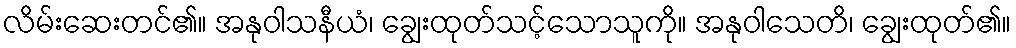
လိမ်းဆေးတင်၏။ အနုဝါသနီယံ၊ ချွေးထုတ်သင့်သောသူကို။ အနုဝါသေတိ၊ ချွေးထုတ်၏။